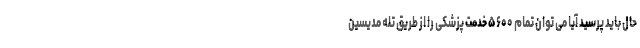
حال باید پرسید آیا می توان تمام ۵۶۰۰ خدمت پزشکی را از طریق تله مدیسین